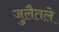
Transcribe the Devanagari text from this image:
जुलैतले